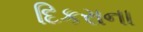
દિકરાના